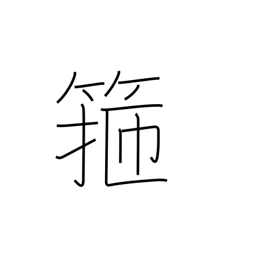
Meaning: barrel hoop